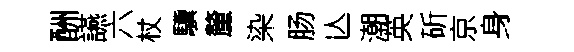
酬讌六杖驥釐染肠亾潮英斫京身